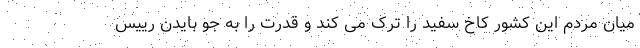
میان مردم این کشور کاخ سفید را ترک می کند و قدرت را به جو بایدن رییس